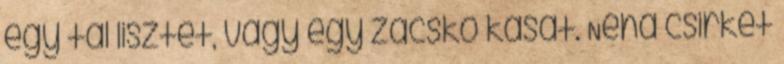
egy tál lisztet, vagy egy zacskó kását. Néha csirkét